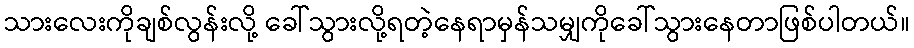
သားလေးကိုချစ်လွန်းလို့ ခေါ်သွားလို့ရတဲ့နေရာမှန်သမျှကိုခေါ်သွားနေတာဖြစ်ပါတယ်။